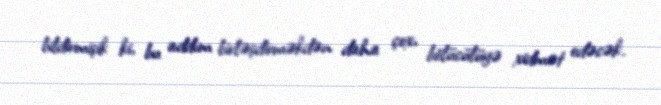
bildirmişik ki, bu addım birləşdirməkdən daha çox, bölücülüyə xidmət edəcək.